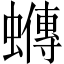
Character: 𧓆